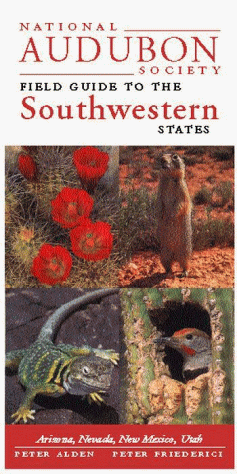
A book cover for National Audubon Society Field Guide to the Southwestern States: Arizona, New Mexico, Nevada, Utah (Audubon Field Guide); NATIONAL AUDUBON SOCIETY; Science & Math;